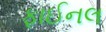
ફાઈનલ